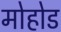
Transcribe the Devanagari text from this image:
मोहोड